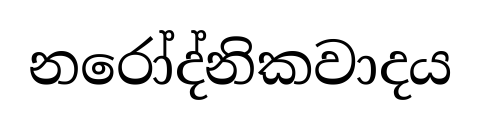
නරෝද්නිකවාදය